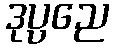
ဒုပ္ပညေ